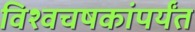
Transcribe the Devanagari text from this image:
विश्वचषकांपर्यंत